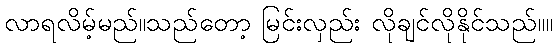
လာရလိမ့်မည်။သည်တော့ မြင်းလှည်း လိုချင်လိုနိုင်သည်။။